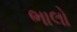
ભાલો